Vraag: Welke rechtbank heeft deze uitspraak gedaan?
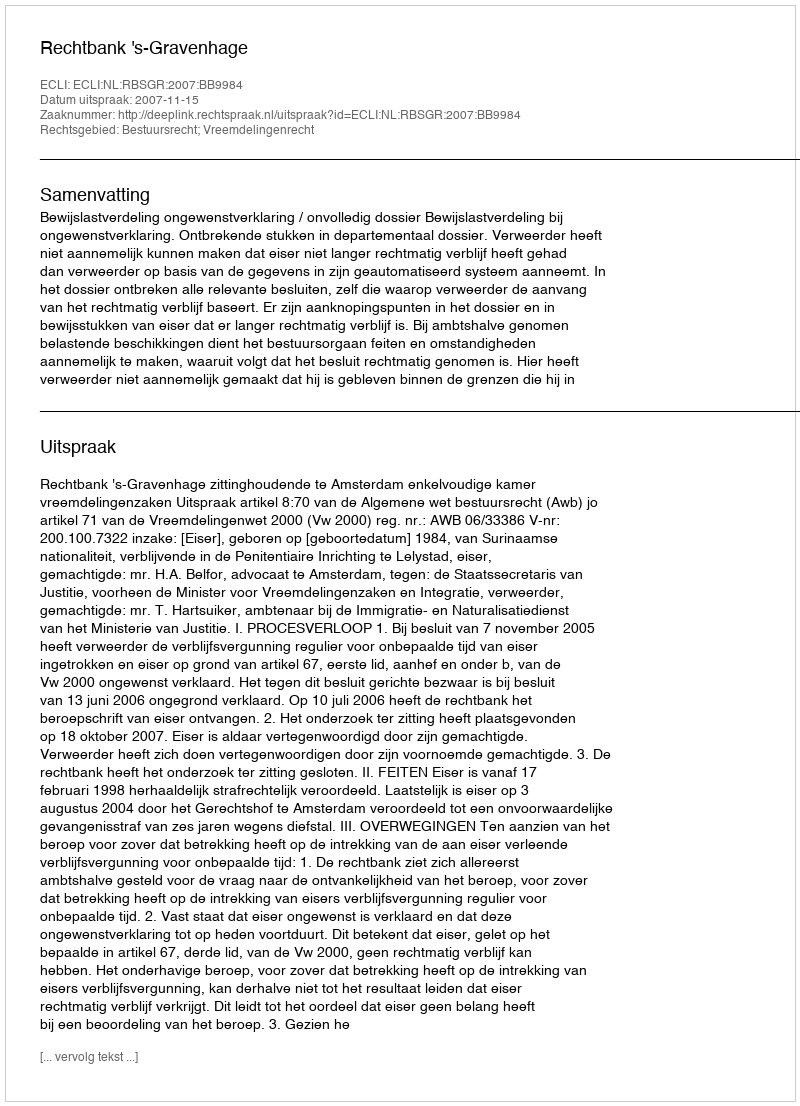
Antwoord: Rechtbank 's-Gravenhage